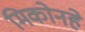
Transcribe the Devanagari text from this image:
मिकोनहे